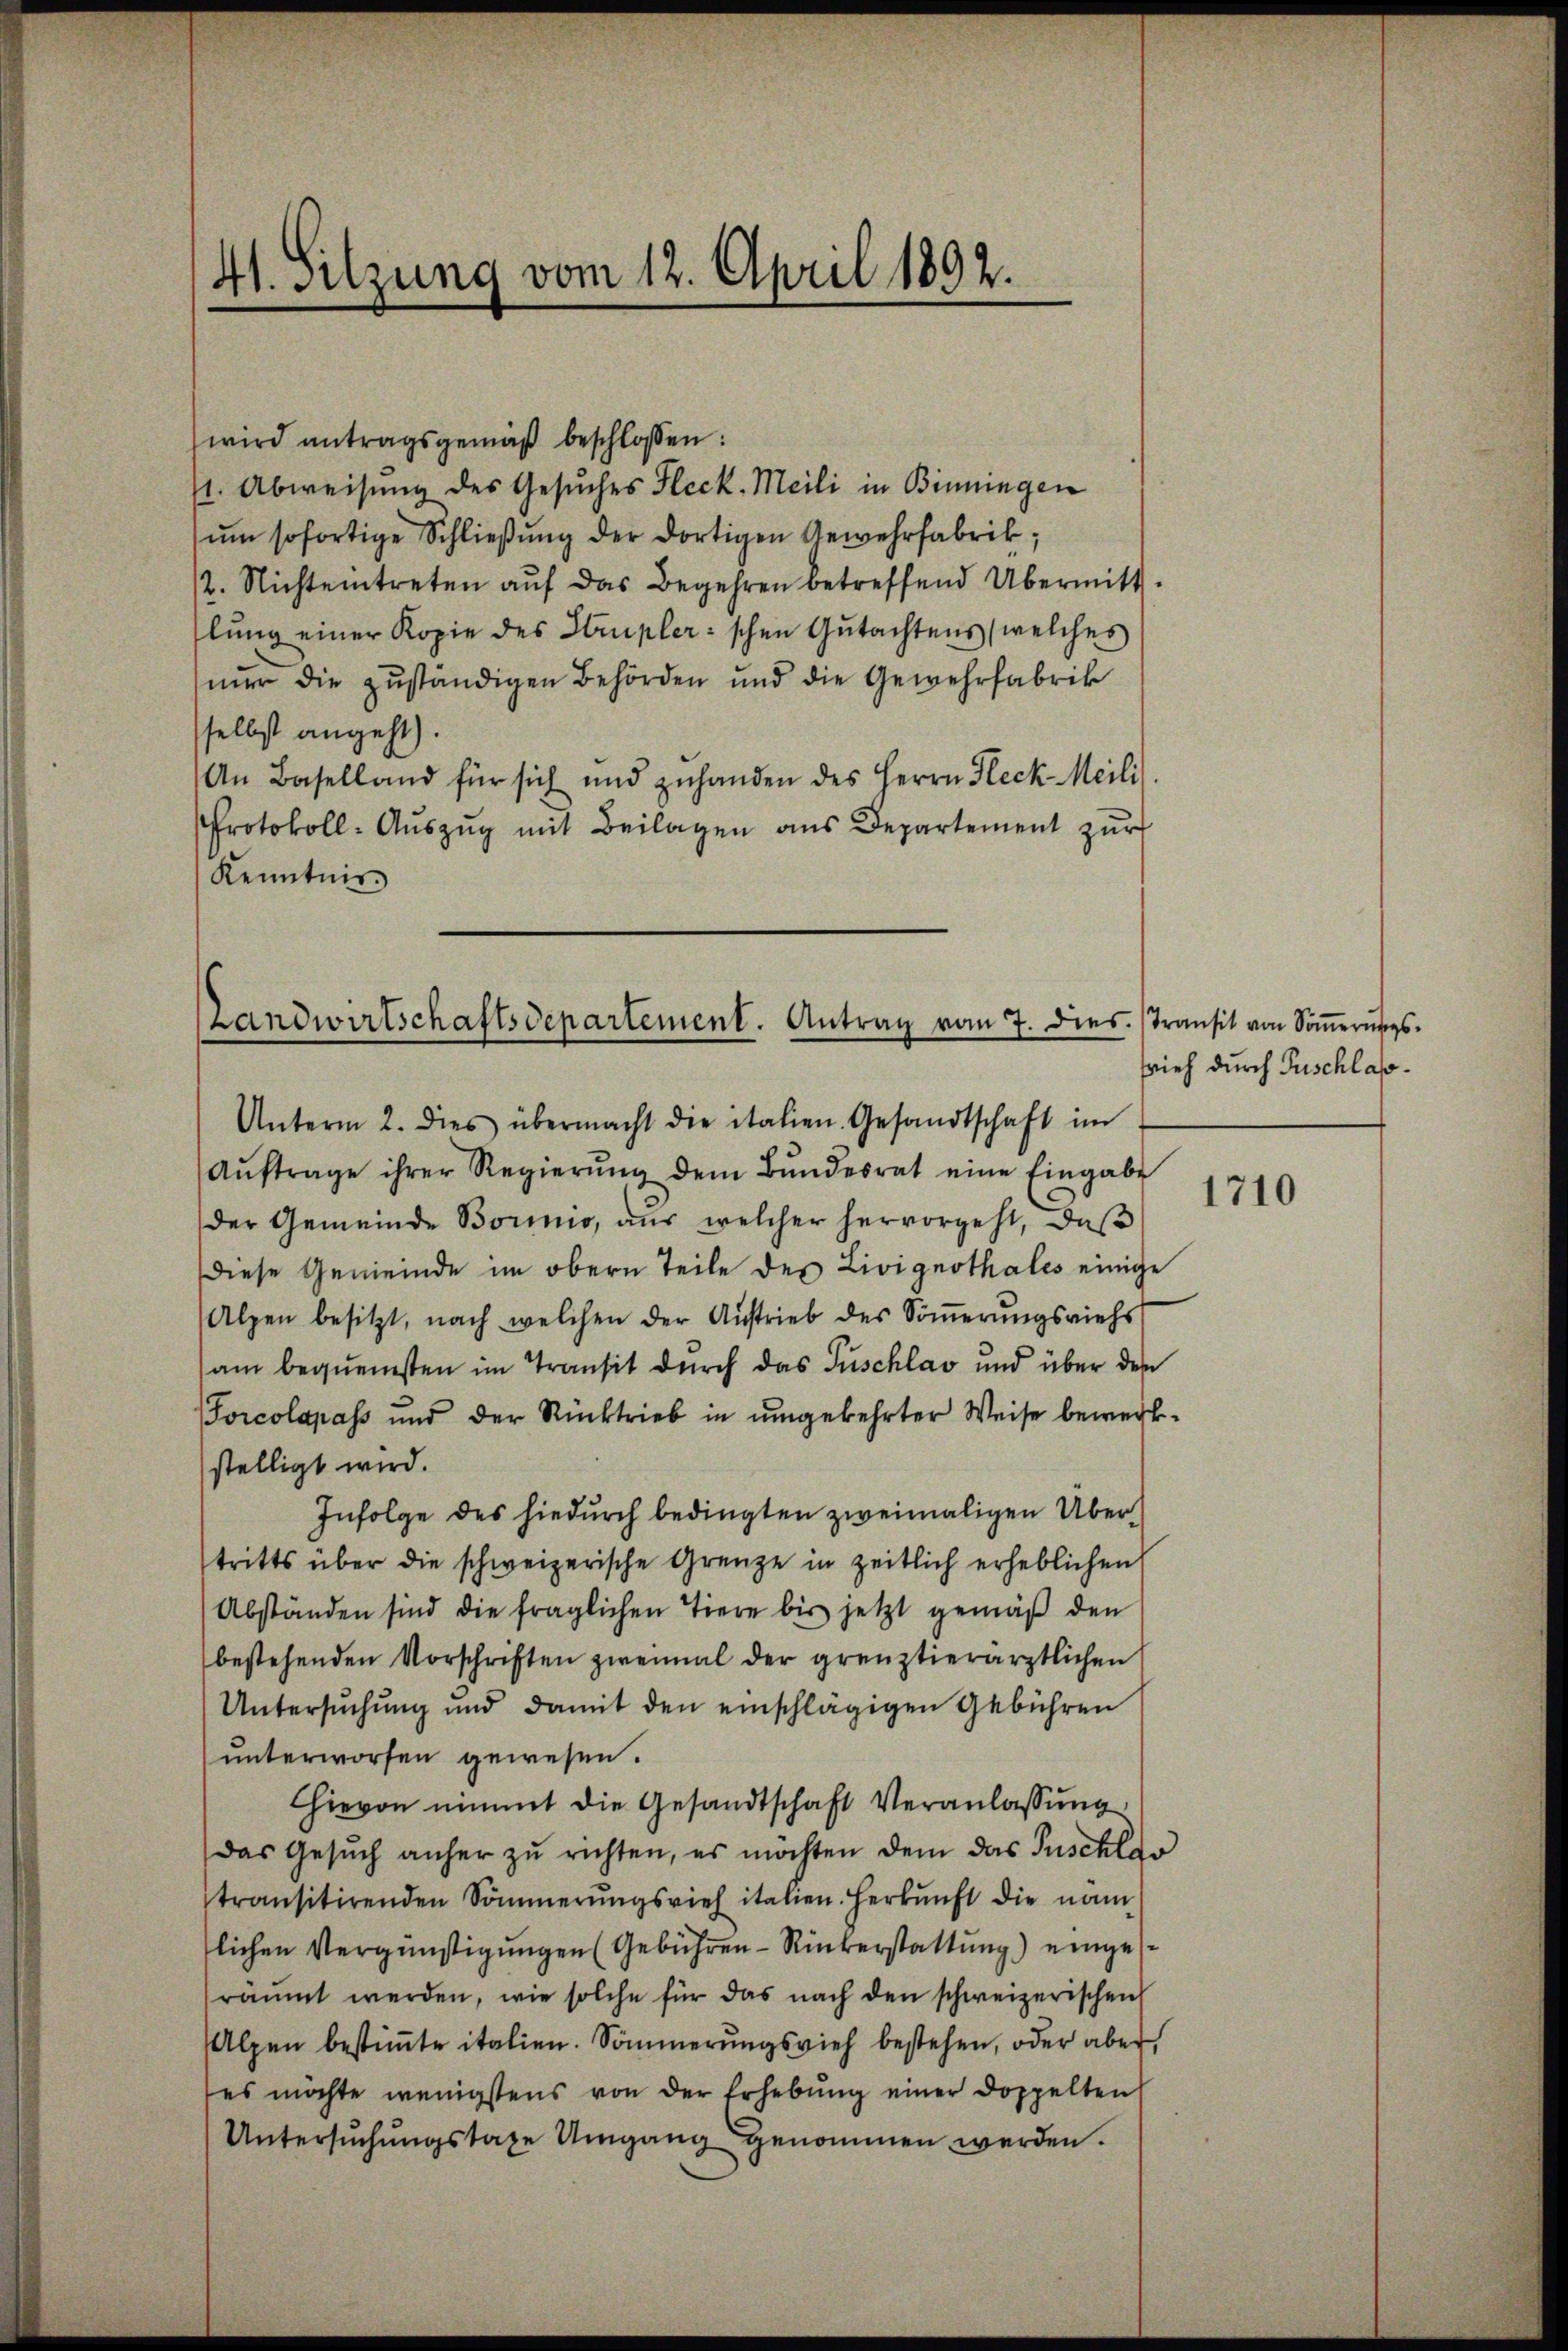
41. Sitzung vom 12. April 1892.

wird antragsgemäß beschlossen:
/1. Abweisung des Gesuches Fleck. Meili in Binningen
ŭm sofortige Schlieβŭng der dortigen Gewehrfabrik,
12. Nichteintreten auf das Begehren betreffend Übermitt
lŭng einer Kopie des Strupler’schen Gutachtens (welches
nur die zuständigen Behörden und die Gewehrfabrik
selbst angeht).
An Baselland für sich und zŭhanden des Herrn Fleck Meili
Protokoll-Aŭszŭg mit Beilagen ans Departement zŭr
Kenntnis

Unterm 2. dies übermacht die italien. Gesandtschaft im
Aŭftrage ihrer Regierŭng dem Bŭndesrat eine Eingabe
der Gemeinde Borinio, aus welcher hervorgeht, daβ
Diese Gemeinde im obern Teile des Livignothales einige
Alpen besitzt, nach welchen der Aŭstrieb des Soṁerŭngsviehs
am bequemsten im Transit durch das Tuschlag und über den
Forcolapass und der Rücktrieb in umgekehrter Weise bewerk-
stelligt wird.
Infolge des hiedurch bedingten zweimaligen Übertritts über die schweizerische Grenze in zeitlich erheblichen
Abständen sind die fraglichen Tiere bis jetzt gemäβ den
bestehenden Vorschriften zweimal der grenztierärztlichen
Untersuchung und damit den einschlägigen Gebühren
unterworfen gewesen.
Hievon nimmt die Gesandtschaft Veranlassung
Das Gesŭch anher zŭ richten, es möchten dem das Puschlas
transitirenden Sommerungsvieh italien. Herkunft die nam
lichen Vergünstigungen (Gebühren Rükerstattung) eingese
räumt werden, wie solche für das nach den schweizerischen
Alpen bestimte italien. Sommerungsvieh bestehen, oder aber
es möchte wenigstens von der Erhebŭng einer doppelten
Untersŭchŭngstage Umgang genommen werden.

Landwirtschaftsdepartement. Antrag vom 7. dies. (Transit von Soṁerngs¬

srieh durch Puschlas¬

1710